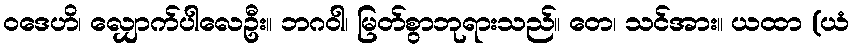
ဝဒေဟိ၊ လျှောက်ပါလေဦး။ ဘဂဝါ၊ မြတ်စွာဘုရားသည်။ တေ၊ သင်အား။ ယထာ (ယံ